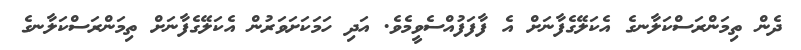
ދެން ތިމަންރަސްކަލާނގެ އެކަލޭގެފާނަށް އެ ފާފަފުއްސެވީމެވެ. އަދި ހަމަކަށަވަރުން އެކަލޭގެފާނަށް ތިމަންރަސްކަލާނގެ